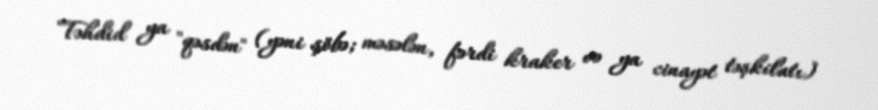
Təhdid ya "qəsdən" (yəni şöbə; məsələn, fərdi kraker və ya cinayət təşkilatı)